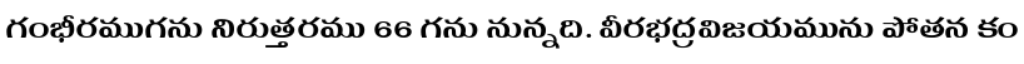
గంభీరముగను నిరుత్తరము 66 గను నున్నది. వీరభద్రవిజయమును పోతన కం